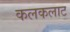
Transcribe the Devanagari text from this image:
कलकलाट